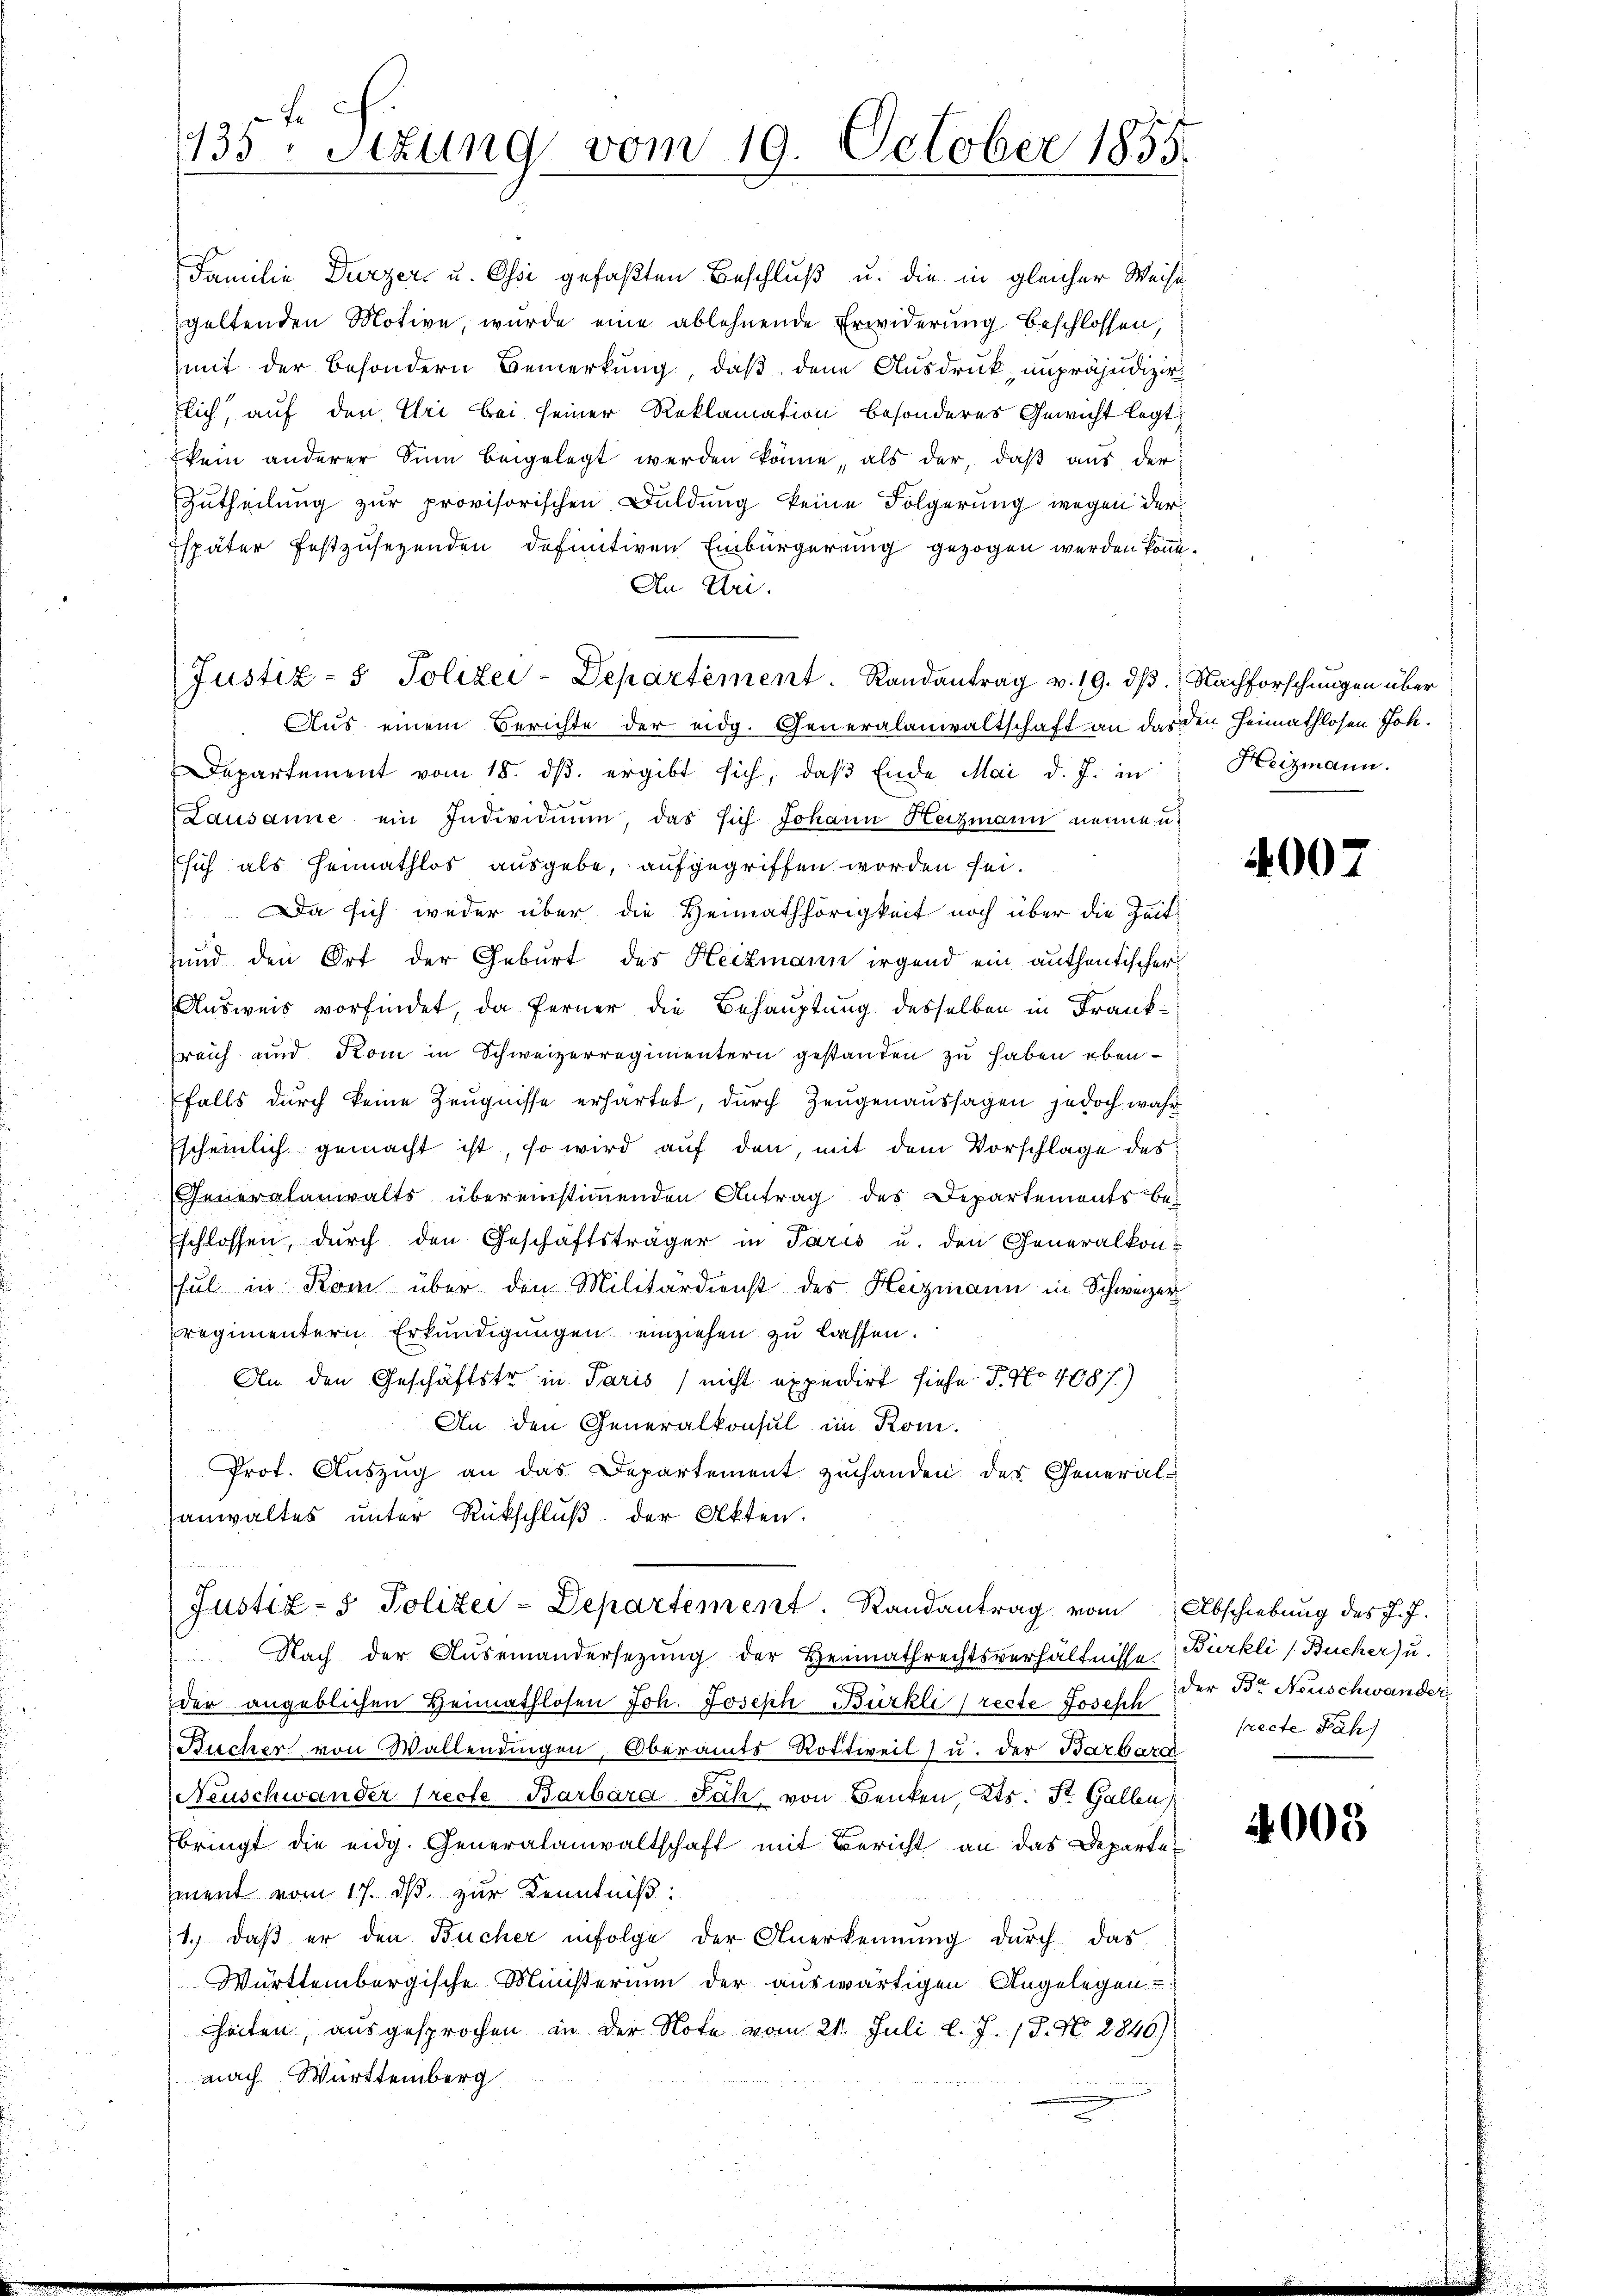
Familie Durzer u. Ossi gefaßten Beschluß u. die in gleicher Weise
geltenden Motive, wurde eine ablehnende Erwiderung beschlossen,
mit der besondern Bemerkung, daß den Ausdruck, unpräjudizir
lich, auf den Uri bei seiner Reklamation besonderes Gewicht legt
kein anderer Sinn beigelegt werden könne, als der, daß aus der
Zutheilung zur provisorischen Duldung keine Folgerung wegen der
Espäter festzusezenden definitiven Einbürgerung gezogen werden könne.
An Uri.
Justiz- & Polizei-Departement. Randantrag v. 19. dβ. Nachforschungen über
Aus einem Berichte der eidg. Generalanwaltschaft an das den Heimathlosen Joh.
Departement vom 18. ds. ergibt sich, daß Ende Mai d. J. in
Lausanne ein Individuum, das sich Johann Heizmann nennen
sich als Heimathlos ausgebe, aufgegriffen worden sei.
 Da sich weder über die Heimathörigkeit noch über die Zeit-
und den Ort der Geburt des Heizmann irgend ein authentischer
Ausweis vorfindet, da ferner die Behauptung desselben in Frank¬
Errich und Kom in Schweizerregimentern gestanden zu haben ebenfalls durch keine Zeugnisse erhartet, durch Zeugenaussagen jedoch wahr
Escheinlich gemacht ist, so wird auf den, mit dem Vorschlage des
Feneralanwalts übereinstimmenden Antrag des Departements be-
Eschlossen, durch den Geschäftsträger in Paris u. den Generalkon-
hul in Rom über den Militärdienst des Heizmann in Schweizer
regimentern Erkundigungen einziehen zu lassen.
An den Geschäftstr. in Paris) nicht expendirt siehe J. No 408 f.)
An den Generalkonsul im Kom-
Prof. Auszug an das Departement zuhanden des General-
sanwaltes unter Rückschlŭβ der Akten.

135. Sitzung vom 19. October 1855

Justiz- & Polizei-Departement. Randantrag vom

Nach der Auseinandersezung der Heimathrechtsverhältnisse Bürkli (Bucher) u.
der angeblichen Heimathlosen Joh. Joseph Bürkli [recte Joseph der Dr. Neuschwander
Bücher von Wallendingen, Oberamts-Rottweil u. der Barbard
Neuschwander (recte Barbara Fach von Benken, Kts. St. Gallen
bringt die eidg. Generalanwaltschaft mit Bericht an das Departe
ment vom 17. ds zur Kenntniß:
1.) daß er den Bücher infolge der Anerkennung durch das
Württembergische Ministerium der auswärtigen Angelegen
heiten, ausgesprochen in der Note vom 21. Juli l. J. 17. No. 2840).
nach Württemberg

Heizmann.

00

Abschiebung des J. J.
recte Fäh

4005